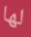
لها